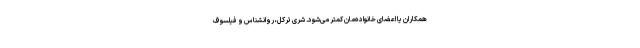
همکاران یا اعضای خانواده‌مان کمتر می‌شود. شری ترکل، روانشناس و فیلسوف